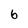
Character: 6